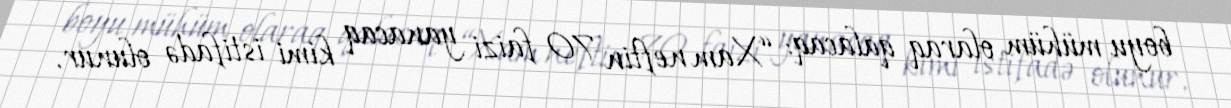
boyu mühüm olaraq qalacaq: “Xam neftin 70 faizi yanacaq kimi istifadə olunur.